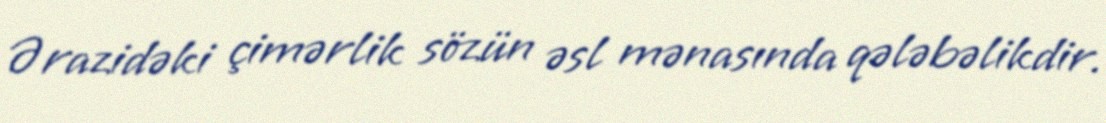
Ərazidəki çimərlik sözün əsl mənasında qələbəlikdir.